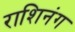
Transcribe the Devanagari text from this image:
राशिनंग